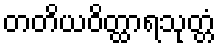
တတိယဝိတ္ထာရသုတ္တံ